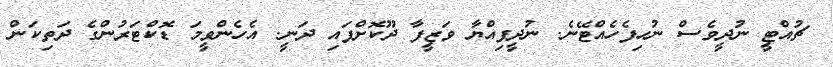
ޗުއްޓީ ނުދީވެސް ނުހިފެހެއްޓޭނެ. ނުދީފިއްޔާ ވަޒީފާ ދޫކޮށްފައި ދަނީ. އެހެންވީމަ ޑޮކްޓަރުންގެ ދަތިކަން